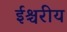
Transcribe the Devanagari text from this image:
ईश्चरीय